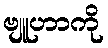
ဗျူဟာကို